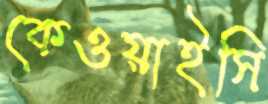
কেওয়াইসি